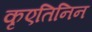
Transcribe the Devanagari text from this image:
कृएतिनिन